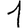
Digit: 1